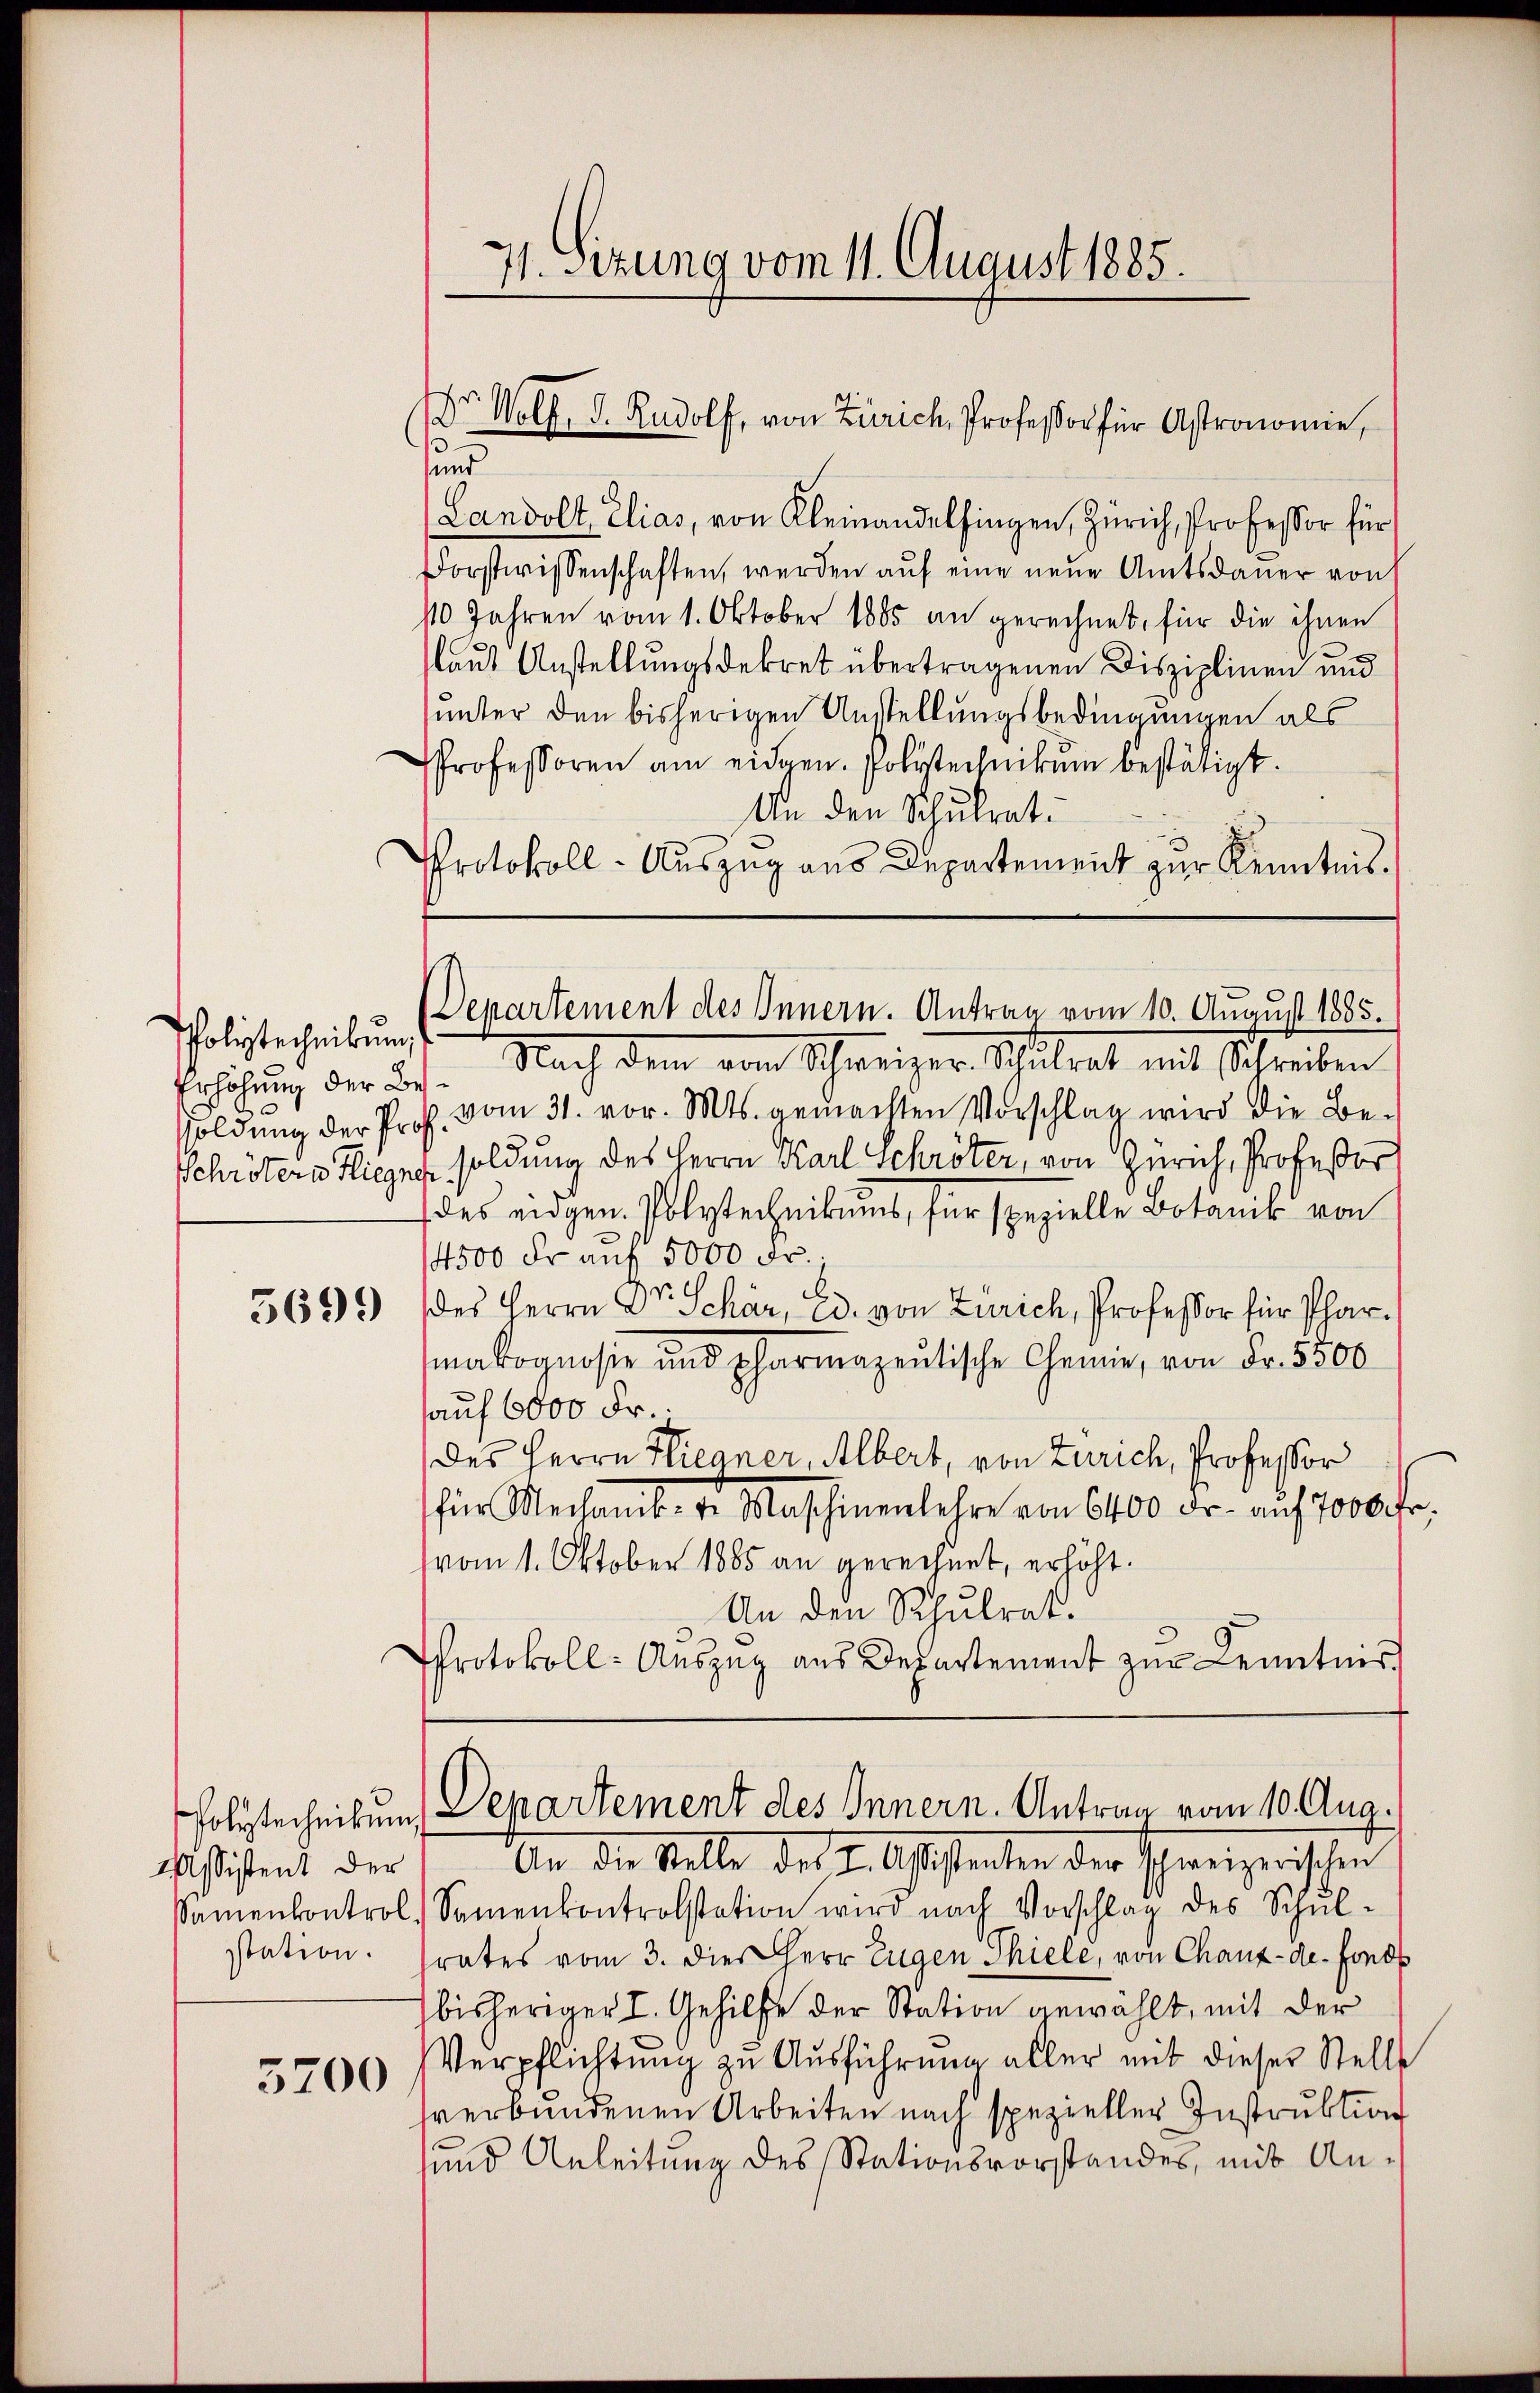
Polytechnikum
Erhöhung der Bes¬

5699

MAssistent der
station.

5200

und
Landolt, Elias, von Kleinandelfingen, Zürich, Professor für
Forstwissenschaften, werden auf eine neue Amtsdauer von
10 Jahren vom 1. Oktober 1885 an gerechnet, für die ihnen
laut Anstellungsdekret übertragenen Disziplinen und
unter den bisherigen Anstellungsbedingungen als
Professoren am eidgen. Polytechnikum bestätigt.
An den Schulrat.
Protokoll - Auszug aus Departement zur Kenntnis.
Nach dem am Schweizer Schulrat mit Schreiben
soldŭng der Prof. vom 31. vor. Mts. gemachten Vorschlag wird die Be-
Schröters Liegne soldung des Herrn Karl Schröter, von Zürich, Professor
des eidgen. Polytechnikums, für spezielle Botanis von
4500 Fr. auf 5000 Fr.
d
des Herrn Dr. Schär, ed. von Zürich, Professor für Pfarmakognose und pharmazeitische Chemie, von Fr. 5500
auf 6000 Fr.
des Herrn Hiegner, Albert, von Zürich, Professor
für Mechanis- u. Maschinenlehre von 6400 Fr. auf 7000 Fr.
vom 1. Oktober 1885 an gerechnet, erhöht.
An den Schulrat.
Protokoll- Aŭszŭg aŭs Departement zŭr Kenntnis

71. Sizung vom 11. August 1885.

Dr. Wolf, d. Rudolf, von Zürich, Professor für Astronomie,
3

Departement des Innern. Antrag vom 10. August 1885.

Polytechnitum Departement des Innern. Antrag vom 10. Aug.

An die Stelle des I. Assistenten der Schweizerischen
samenkontrol. Samenkontrolstation wird nach Vorschlag des Schulrates vom 3. dies Herr Eugen Thiele, von Chaux-de-Fonds
bisheriger I. Gehilfe der Station gewählt, mit der
Verpflichtung zu Ausführung aller mit dieser Stelle
verbundenen Arbeiten nach spezieller Instruktion
sund Anleitung des Stationsvorstandes, mit An¬